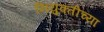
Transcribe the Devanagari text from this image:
नियुक्तीच्या